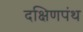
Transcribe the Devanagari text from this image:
दक्षिणपंथ